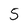
Character: 5